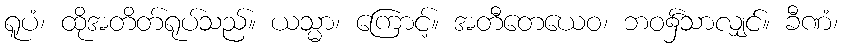
ရူပံ၊ ထိုအတိတ်ရုပ်သည်။ ယသ္မာ၊ ကြောင့်။ အတီတေယေဝ၊ ဘဝ၌်သာလျှင်။ ခီဏံ၊